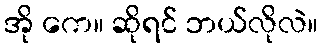
အို ကေ။ ဆိုရင် ဘယ်လိုလဲ။